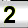
Digit: 2